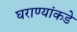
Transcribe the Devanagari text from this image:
घराण्यांकडे